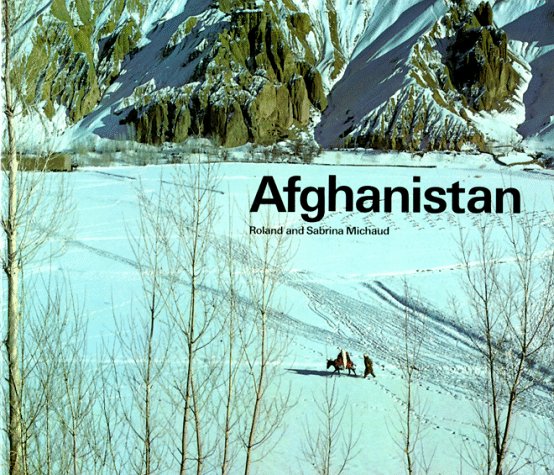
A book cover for Afghanistan; Roland Michaud; Travel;